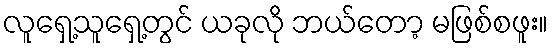
လူရှေ့သူရှေ့တွင် ယခုလို ဘယ်တော့ မဖြစ်စဖူး။